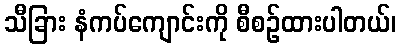
သီခြား နံကပ်ကျောင်းကို စီစဉ်ထားပါတယ်၊